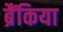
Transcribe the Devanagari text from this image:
ब्रैंकिया